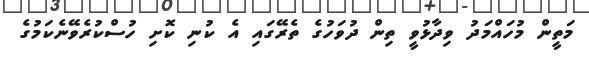
މަތީން މުހައްމަދު ވިދާޅުވީ ތިން ދުވަހުގެ ތެރޭގައި އެ ކުނި ކޮށި ހުސްކުރެވޭނެކަމުގެ